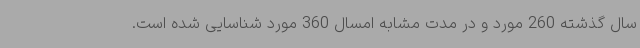
سال گذشته 260‌ مورد و در مدت مشابه امسال 360‌ مورد شناسایی شده است.